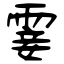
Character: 霎